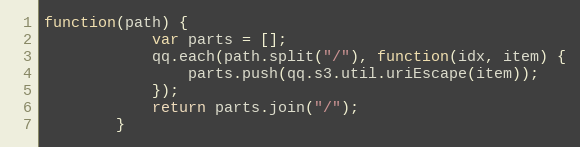
Language: JavaScript
function(path) {
            var parts = [];
            qq.each(path.split("/"), function(idx, item) {
                parts.push(qq.s3.util.uriEscape(item));
            });
            return parts.join("/");
        }